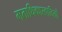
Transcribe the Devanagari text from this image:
मताधिकारवादियों